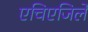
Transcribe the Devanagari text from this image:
एचिएजिले